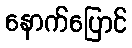
နောက်ပြောင်